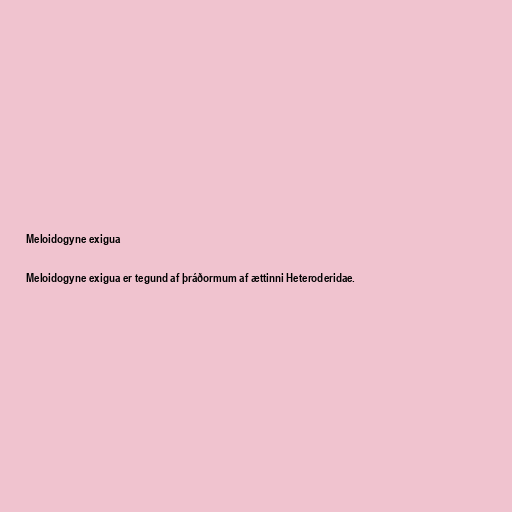
Meloidogyne exigua

Meloidogyne exigua er tegund af þráðormum af ættinni Heteroderidae.